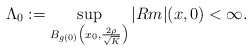
\begin{align*}\Lambda_0:=\sup_{B_{g(0)}\left(x_0,\frac{2\rho}{\sqrt{K}}\right)}|Rm|(x,0)<\infty.\end{align*}